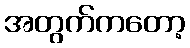
အတွက်ကတော့